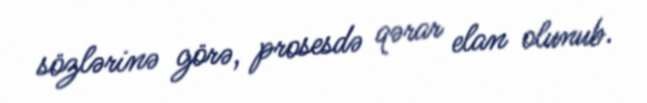
sözlərinə görə, prosesdə qərar elan olunub.